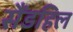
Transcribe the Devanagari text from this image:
सैंडहिल